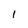
Character: l